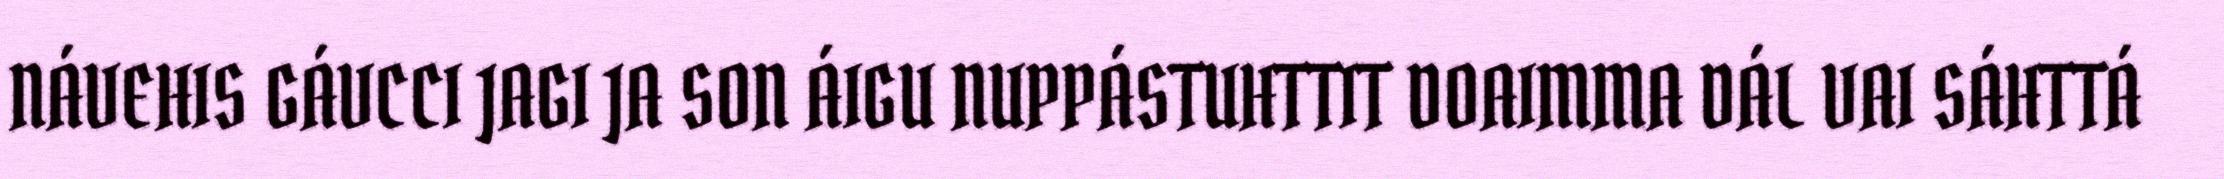
NÁVEHIS GÁVCCI JAGI JA SON ÁIGU NUPPÁSTUHTTIT DOAIMMA DÁL VAI SÁHTTÁ